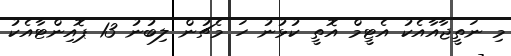
މި ނަތީޖާއާއެކު އެޓީމް އޮތީ ކުޅުނު ހަ މެޗުން ލިބުނު 13 ޕޮއިންޓާއެކު